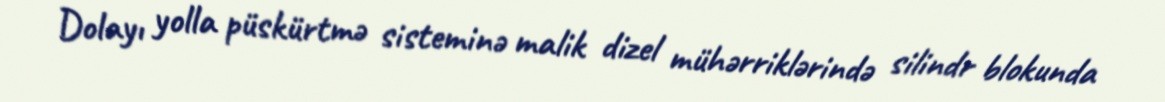
Dolayı yolla püskürtmə sisteminə malik dizel mühərriklərində silindr blokunda